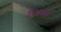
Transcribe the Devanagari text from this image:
तिमशेट